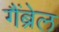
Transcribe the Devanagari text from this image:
गैंब्रेल